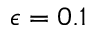
\epsilon = 0 . 1